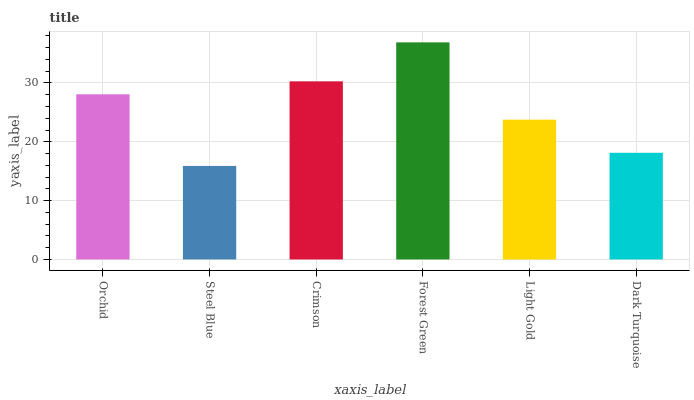
| xaxis_label | bars |
 | --- | --- |
 | Orchid | 28.1 |
 | Steel Blue | 15.9 |
 | Crimson | 30.3 |
 | Forest Green | 36.9 |
 | Light Gold | 23.8 |
 | Dark Turquoise | 18.1 |